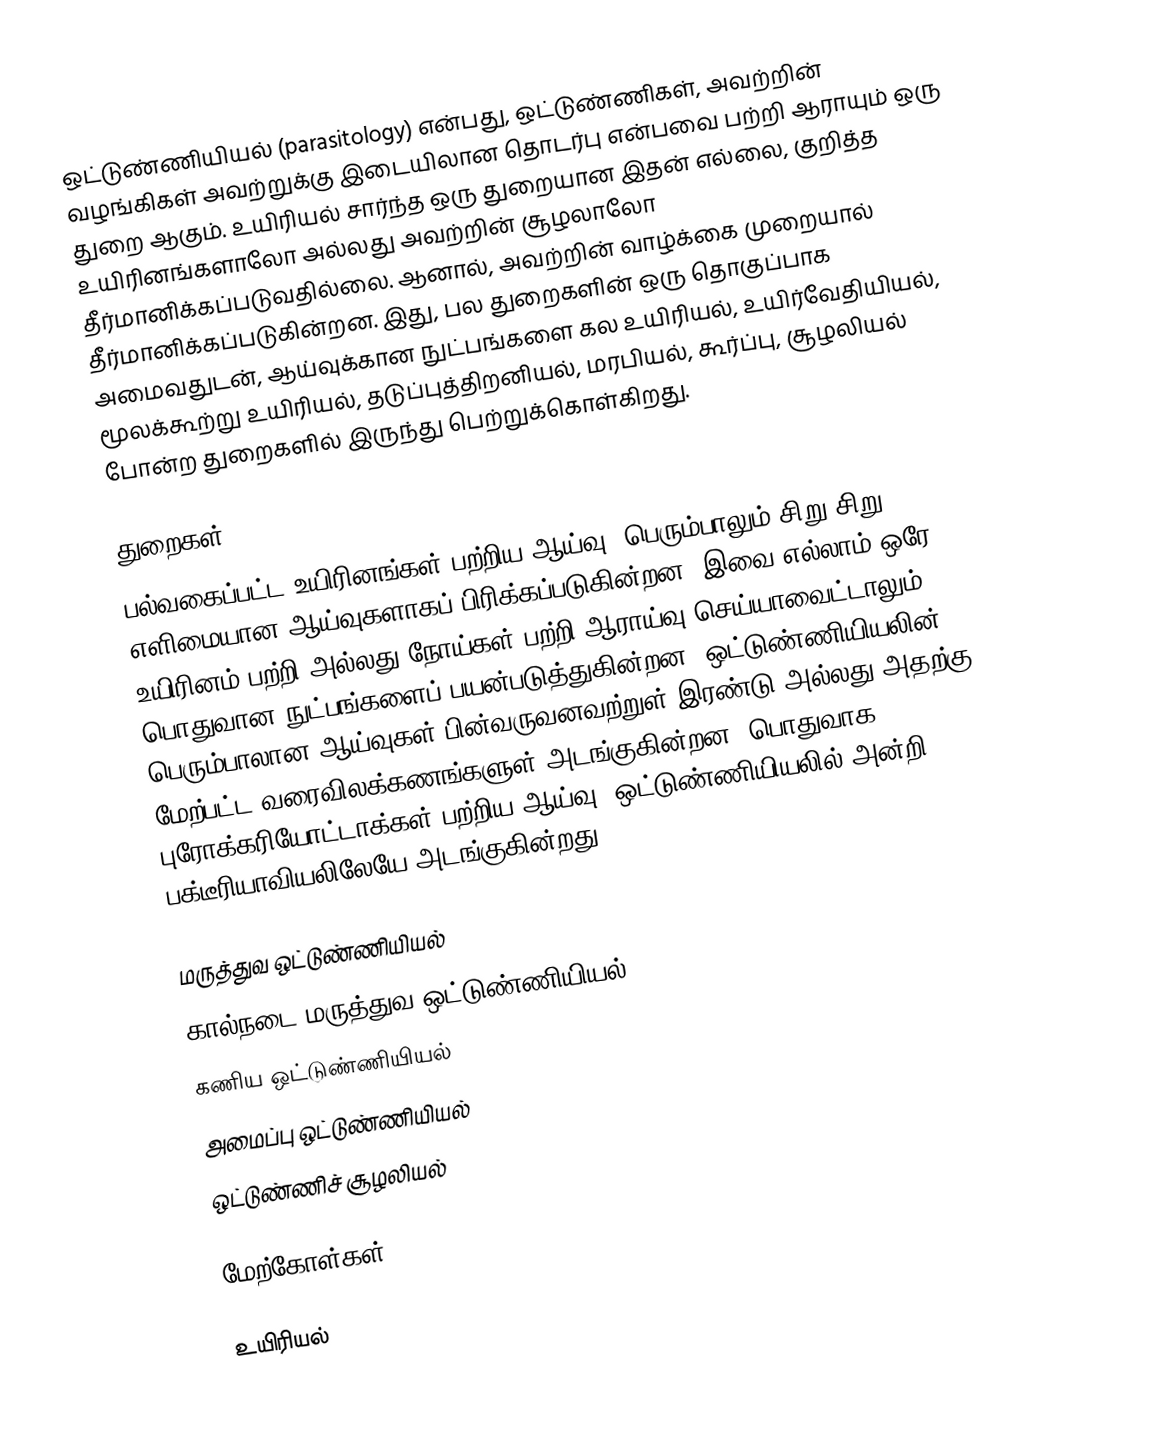
ஒட்டுண்ணியியல் (parasitology) என்பது, ஒட்டுண்ணிகள், அவற்றின் வழங்கிகள் அவற்றுக்கு இடையிலான தொடர்பு என்பவை பற்றி ஆராயும் ஒரு துறை ஆகும். உயிரியல் சார்ந்த ஒரு துறையான இதன் எல்லை, குறித்த உயிரினங்களாலோ அல்லது அவற்றின் சூழலாலோ தீர்மானிக்கப்படுவதில்லை. ஆனால், அவற்றின் வாழ்க்கை முறையால் தீர்மானிக்கப்படுகின்றன. இது, பல துறைகளின் ஒரு தொகுப்பாக அமைவதுடன், ஆய்வுக்கான நுட்பங்களை கல உயிரியல், உயிர்வேதியியல், மூலக்கூற்று உயிரியல், தடுப்புத்திறனியல், மரபியல், கூர்ப்பு, சூழலியல் போன்ற துறைகளில் இருந்து பெற்றுக்கொள்கிறது.

துறைகள்
பல்வகைப்பட்ட உயிரினங்கள் பற்றிய ஆய்வு, பெரும்பாலும் சிறு சிறு எளிமையான ஆய்வுகளாகப் பிரிக்கப்படுகின்றன. இவை எல்லாம் ஒரே உயிரினம் பற்றி அல்லது நோய்கள் பற்றி ஆராய்வு செய்யாவைட்டாலும் பொதுவான நுட்பங்களைப் பயன்படுத்துகின்றன. ஒட்டுண்ணியியலின் பெரும்பாலான ஆய்வுகள் பின்வருவனவற்றுள் இரண்டு அல்லது அதற்கு மேற்பட்ட வரைவிலக்கணங்களுள் அடங்குகின்றன. பொதுவாக புரோக்கரியோட்டாக்கள் பற்றிய ஆய்வு, ஒட்டுண்ணியியலில் அன்றி, பக்டீரியாவியலிலேயே அடங்குகின்றது.

 மருத்துவ ஒட்டுண்ணியியல்
 கால்நடை மருத்துவ ஒட்டுண்ணியியல்
 கணிய ஒட்டுண்ணியியல்
 அமைப்பு ஒட்டுண்ணியியல்
 ஒட்டுண்ணிச் சூழலியல்

மேற்கோள்கள்

உயிரியல்